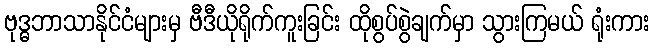
ဗုဒ္ဓဘာသာနိုင်ငံများမှ ဗီဒီယိုရိုက်ကူးခြင်း ထိုစွပ်စွဲချက်မှာ သွားကြမယ် ရုံးကား